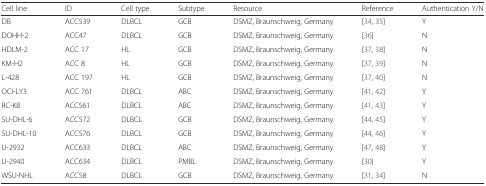
<table><thead><tr><td><b>Cell line</b></td><td><b>ID</b></td><td><b>Cell type</b></td><td><b>Subtype</b></td><td><b>Resource</b></td><td><b>Reference</b></td><td><b>Authentication Y/N</b></td></tr></thead><tbody><tr><td>DB</td><td>ACC539</td><td>DLBCL</td><td>GCB</td><td>DSMZ, Braunschweig, Germany</td><td>[34, 35]</td><td>Y</td></tr><tr><td>DOHH-2</td><td>ACC47</td><td>DLBCL</td><td>GCB</td><td>DSMZ, Braunschweig, Germany</td><td>[36]</td><td>N</td></tr><tr><td>HDLM-2</td><td>ACC 17</td><td>HL</td><td>GCB</td><td>DSMZ, Braunschweig, Germany</td><td>[37, 38]</td><td>N</td></tr><tr><td>KM-H2</td><td>ACC 8</td><td>HL</td><td>GCB</td><td>DSMZ, Braunschweig, Germany</td><td>[37, 39]</td><td>N</td></tr><tr><td>L-428</td><td>ACC 197</td><td>HL</td><td>GCB</td><td>DSMZ, Braunschweig, Germany</td><td>[37, 40]</td><td>N</td></tr><tr><td>OCI-LY3</td><td>ACC 761</td><td>DLBCL</td><td>ABC</td><td>DSMZ, Braunschweig, Germany</td><td>[41, 42]</td><td>Y</td></tr><tr><td>RC-K8</td><td>ACC561</td><td>DLBCL</td><td>ABC</td><td>DSMZ, Braunschweig, Germany</td><td>[41, 43]</td><td>Y</td></tr><tr><td>SU-DHL-6</td><td>ACC572</td><td>DLBCL</td><td>GCB</td><td>DSMZ, Braunschweig, Germany</td><td>[44, 45]</td><td>Y</td></tr><tr><td>SU-DHL-10</td><td>ACC576</td><td>DLBCL</td><td>GCB</td><td>DSMZ, Braunschweig, Germany</td><td>[44, 46]</td><td>Y</td></tr><tr><td>U-2932</td><td>ACC633</td><td>DLBCL</td><td>ABC</td><td>DSMZ, Braunschweig, Germany</td><td>[47, 48]</td><td>Y</td></tr><tr><td>U-2940</td><td>ACC634</td><td>DLBCL</td><td>PMBL</td><td>DSMZ, Braunschweig, Germany</td><td>[30]</td><td>Y</td></tr><tr><td>WSU-NHL</td><td>ACC58</td><td>DLBCL</td><td>GCB</td><td>DSMZ, Braunschweig, Germany</td><td>[31, 34]</td><td>N</td></tr></tbody></table>